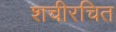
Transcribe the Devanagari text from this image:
शचीरचित